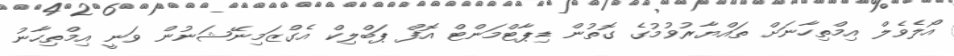
އޯލެވެލް އިމްތިހާނަށް ތައްޔާރުވުމުގެ ގޮތުން ޑިޕާޓްމަންޓް އޮފް ޕަބްލިކް އެގްޒަމިނޭޝަނުން ވަނީ އިމްތިހާނު